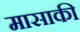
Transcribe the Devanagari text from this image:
मासाकी